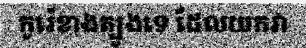
កូរ៉េខាងត្បូងទេ ដែលយកវា